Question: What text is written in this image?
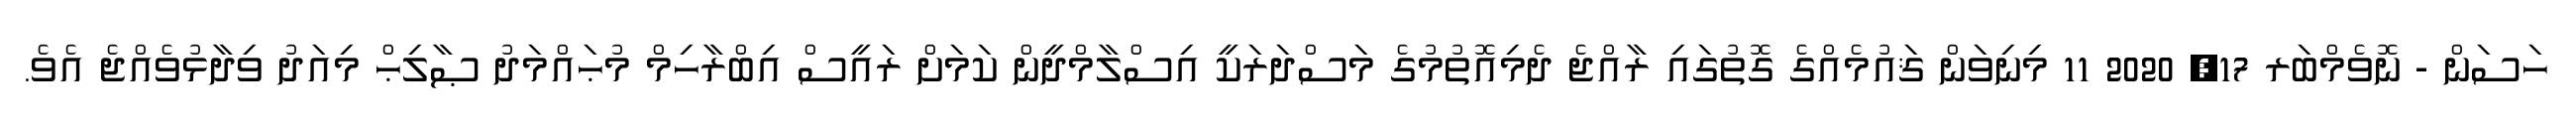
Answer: ހަސަން - ނޮވެމްބަރ 17, 2020 11 މިނިވަން ޤައުމެއްގެ ގޮތުގައި ރާއްޖެ ދެމިއޮތުމުގެ މަސްދަރަކީ އިސްލާމްދީން ކަމަށް ރައީސް އިބްރާހިމް މުޙައްމަދު ޞާލިޙް މިއަދު ވިދާޅުވެއްޖެ އެވެ.